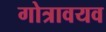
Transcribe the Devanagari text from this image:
गोत्रावयव